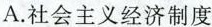
A.社会主义经济制度